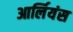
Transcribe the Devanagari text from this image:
आर्लियंस